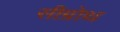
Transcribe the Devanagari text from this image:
सीग्रोथ